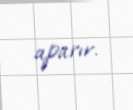
aparır.